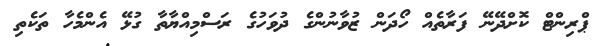
ޕްރިންޓް ކޮށްދޭނޭ ފަރާތެއް ހޯދަން ޒުވާނުންގެ ދުވަހުގެ ރަސްމިއްޔާތާ ގުޅޭ އެންމެހާ ތަކެތި